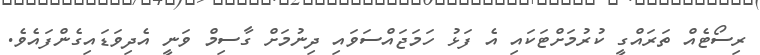
ރިސޯޓެއް ތަރައްގީ ކުރުމަށްޓަކައި އެ ފަޅު ހަމަޖައްސަވައި ދިނުމަށް ގާސިމް ވަނީ އެދިވަޑައިގެންފައެވެ.